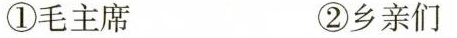
①毛主席 ②乡亲们